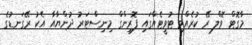
މާގޮޓް ވޮލް ރޭ ކުރެއްވި ޓުވީޓެއްގައި ފޮރިންގް މިނިސްޓަރު ދުންޔާއާ އެކު ރޭގަނޑުގެ